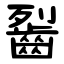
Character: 䶛